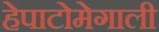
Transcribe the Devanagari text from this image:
हेपाटोमेगाली